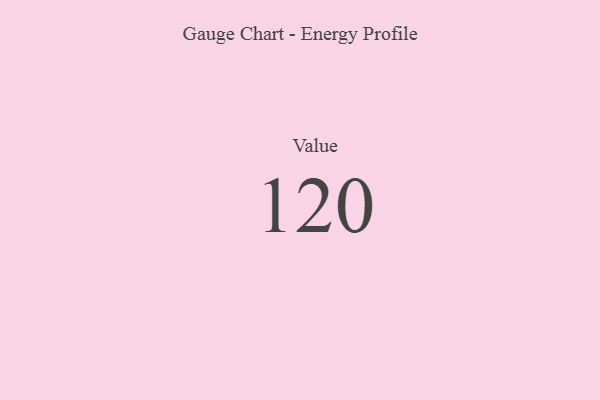
{"axis": {"x": "Metric", "y": "Value"}, "legend": [""], "data": [{"x": "Value", "y": 120, "type": ""}]}